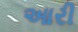
આરી